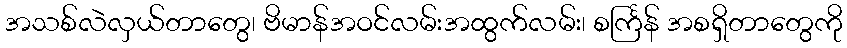
အသစ်လဲလှယ်တာတွေ၊ ဗိမာန်အဝင်လမ်းအထွက်လမ်း၊ စင်္ကြန် အစရှိတာတွေကို